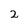
Character: 2